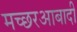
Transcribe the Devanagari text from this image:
मच्छरआबादी